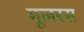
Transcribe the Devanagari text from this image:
मूलरस